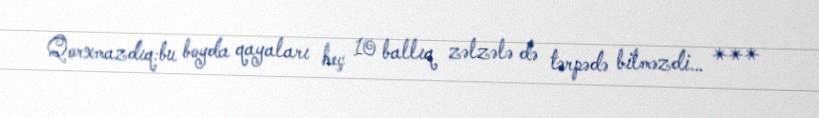
Qorxmazdıq:bu boyda qayaları heç 10 ballıq zəlzələ də tərpədə bilməzdi… ***